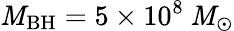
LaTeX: \mathit{M}_{\mathrm{{BH}}}=5\times10^{8}\: \mathit{M}_{\odot}